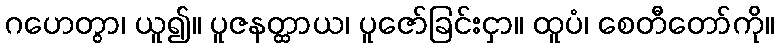
ဂဟေတွာ၊ ယူ၍။ ပူဇနတ္ထာယ၊ ပူဇော်ခြင်းငှာ။ ထူပံ၊ စေတီတော်ကို။